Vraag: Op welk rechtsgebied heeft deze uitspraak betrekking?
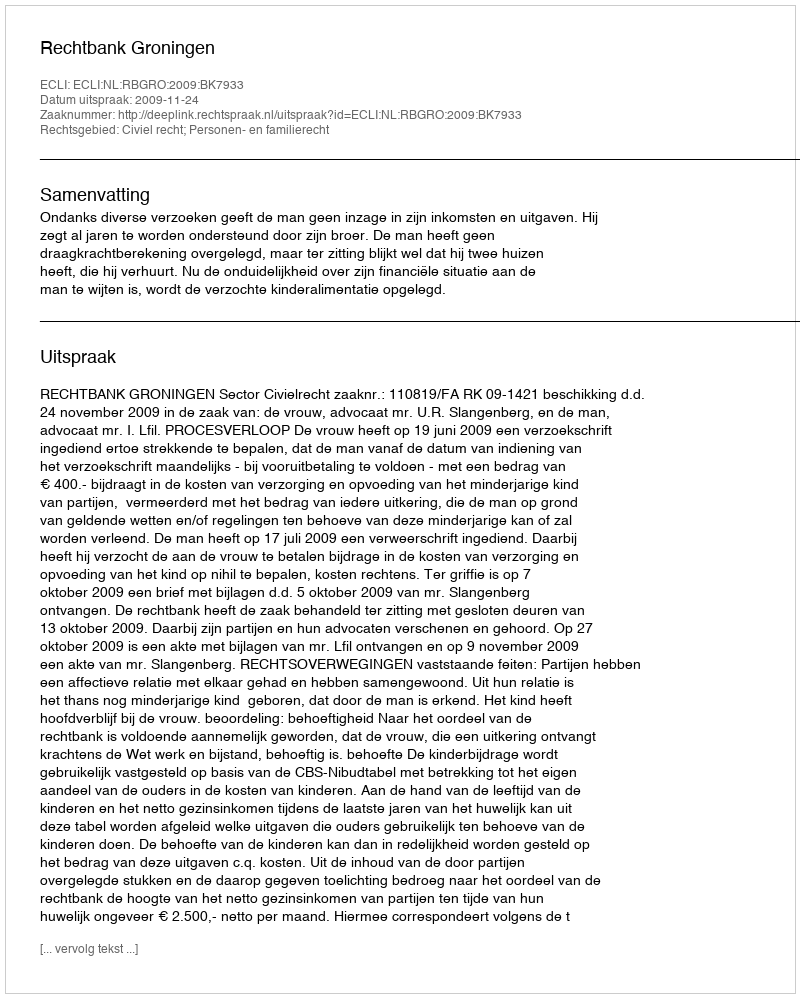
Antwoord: Civiel recht; Personen- en familierecht